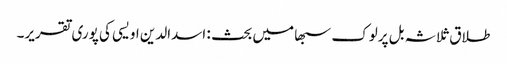
طلاق ثلاثہ بل پرلوک سبھا میں بحث : اسدالدین اویسی کی پوری تقریر۔